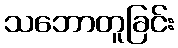
သဘောတူခြင်း